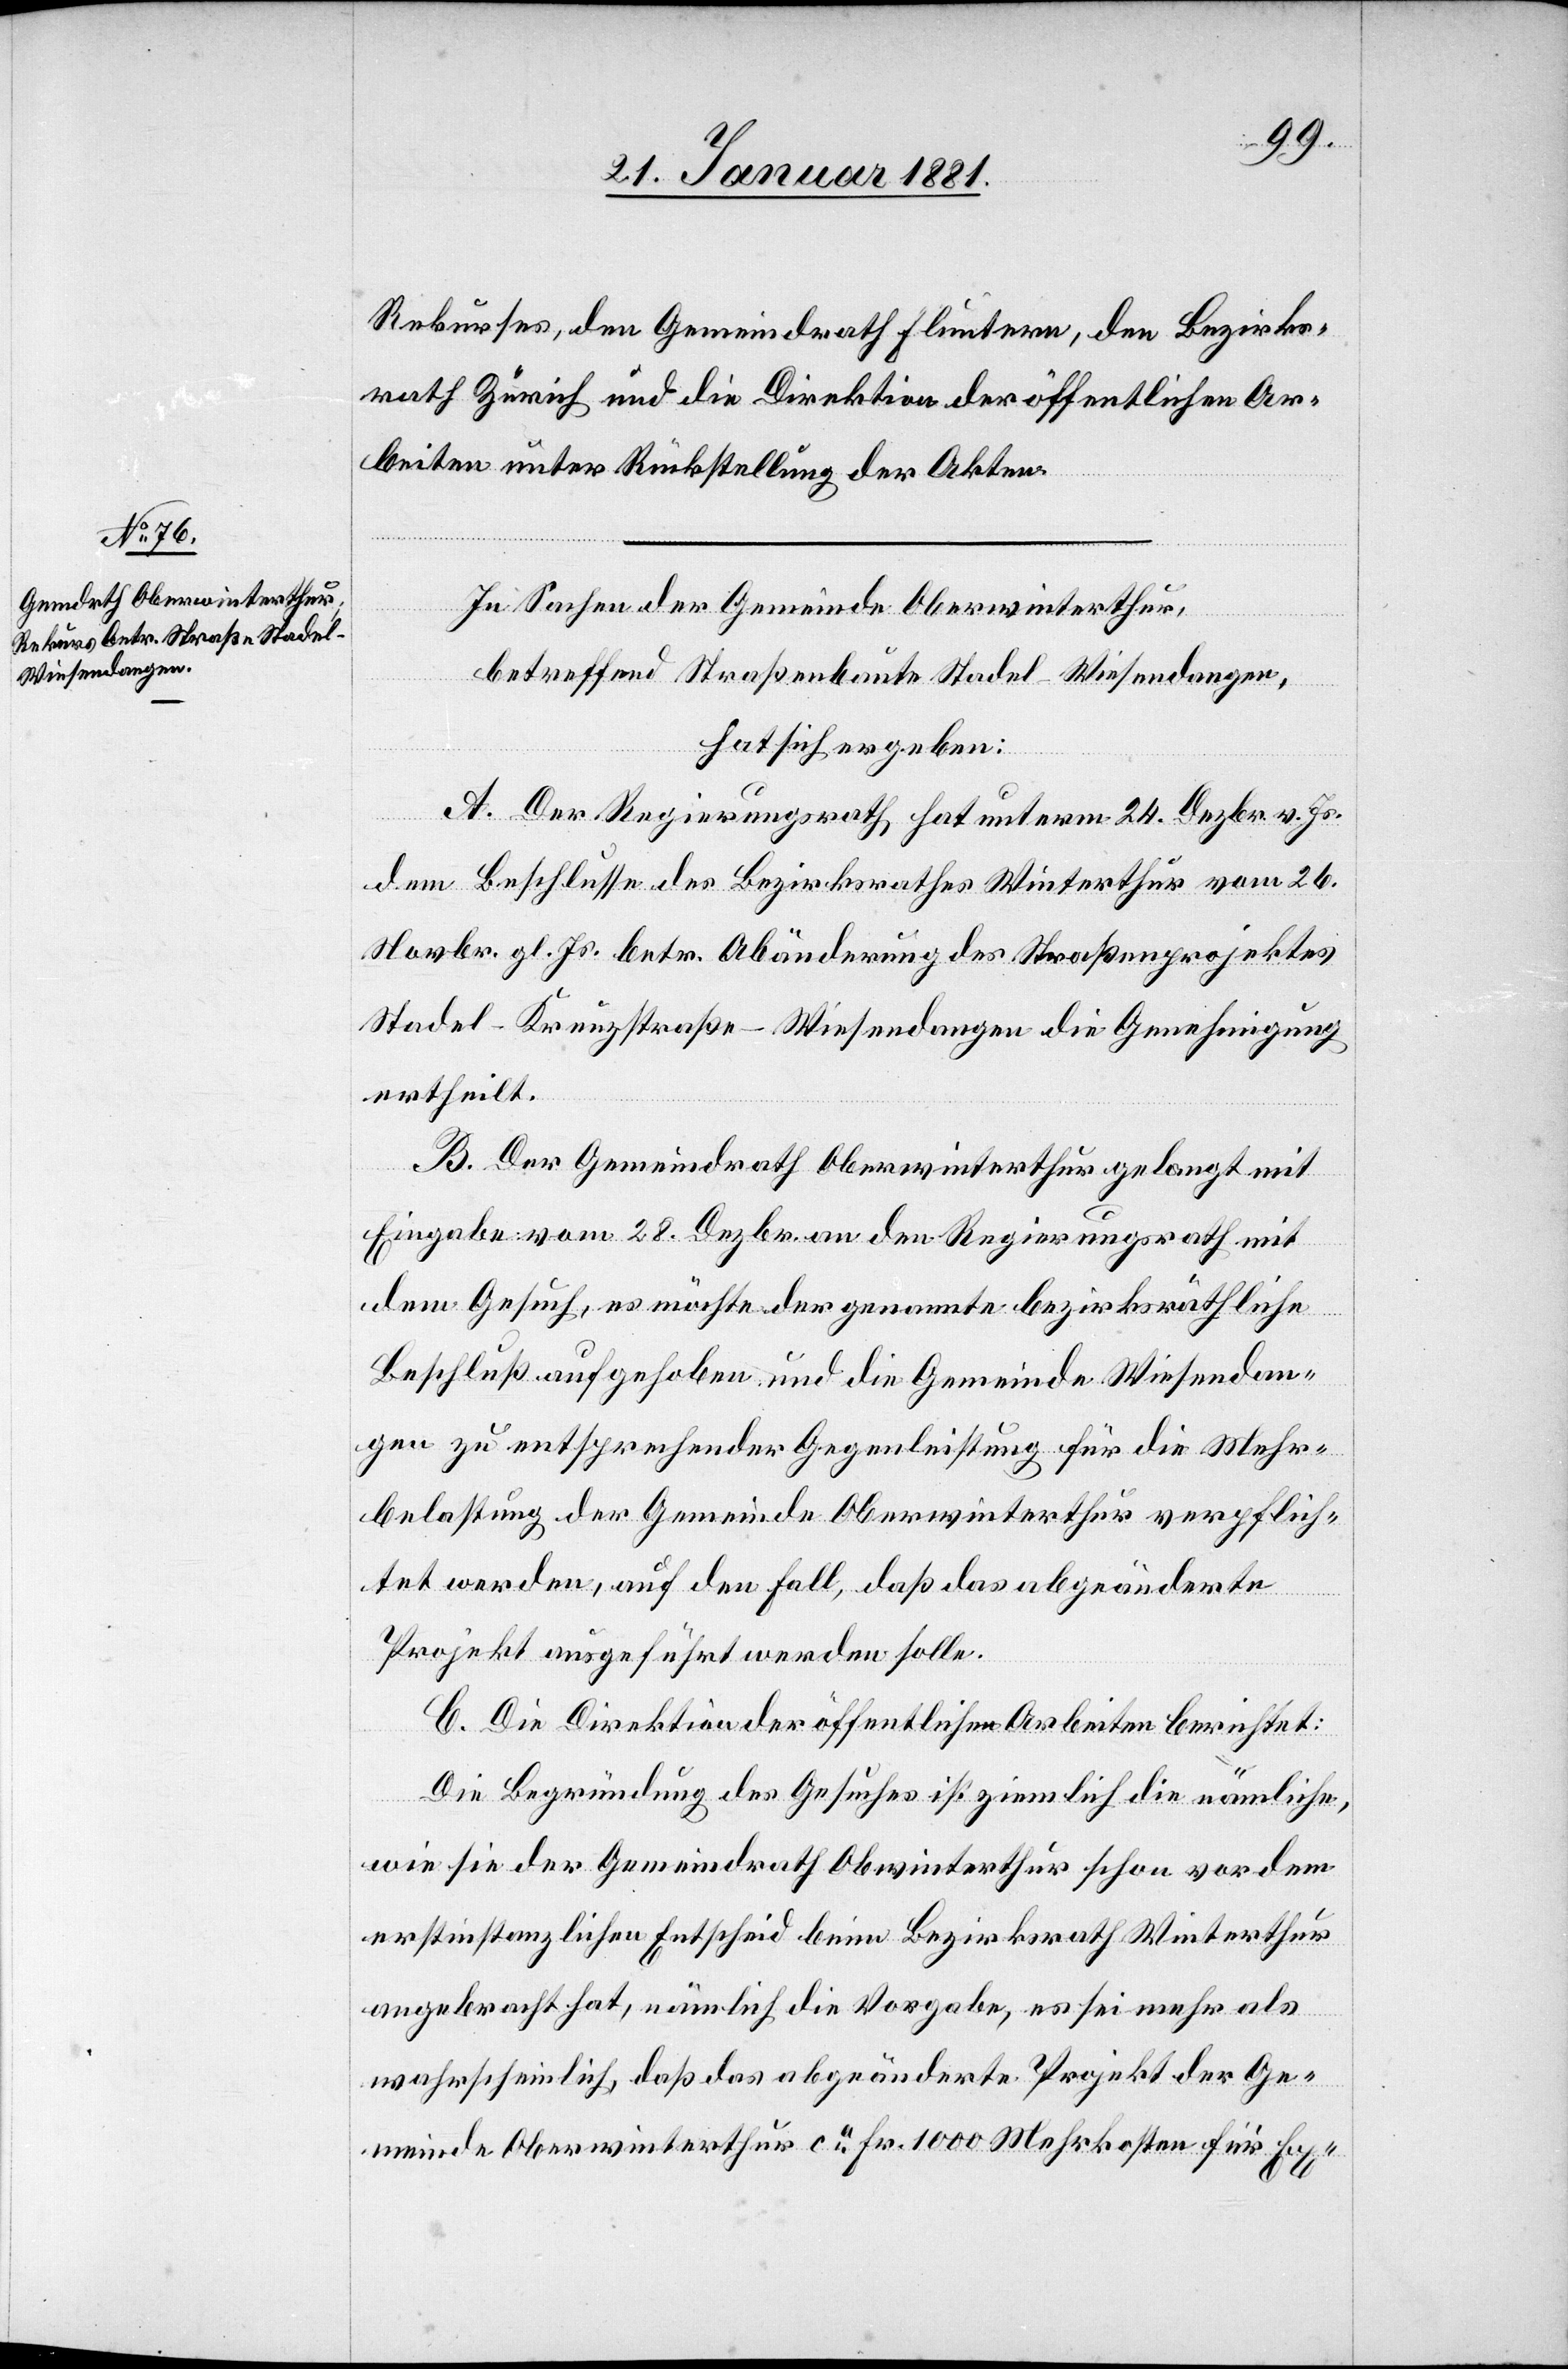
Rekurses, den Gemeindrath Fluntern, den Bezirks¬
rath Zürich und die Direktion der öffentlichen Ar¬
beiten unter Rückstellung der Akten.
In Sachen der Gemeinde Oberwinterthur,
betreffend Straßenbaute Stadel–Wiesendangen,
hat sich ergeben:
A. Der Regierungsrath hat unterm 24. Dezbr. v. Js.
dem Beschlusse des Bezirksrathes Winterthur vom 26.
Novbr. gl. Js. betr. Abänderung des Straßenprojektes
Stadel–Kreuzstraße–Wiesendangen die Genehmigung
ertheilt.
B. Der Gemeindrath Oberwinterthur gelangt mit
Eingabe vom 28. Dezbr. an den Regierungsrath mit
dem Gesuch, es möchte der genannte bezirksräthliche
Beschluß aufgehoben und die Gemeinde Wiesendan¬
gen zu entsprechender Gegenleistung für die Mehr¬
belastung der Gemeinde Oberwinterthur verpflich¬
tet werden, auf den Fall, daß das abgeänderte
Projekt ausgeführt werden solle.
C. Die Direktion der öffentlichen Arbeiten berichtet:
Die Begründung des Gesuches ist ziemlich die nämliche,
wie sie der Gemeindrath Oberwinterthur schon vor dem
erstinstanzlichen Entscheid beim Bezirksrath Winterthur
angebracht hat, nämlich die Vorgabe, es sei mehr als
wahrscheinlich, daß das abgeänderte Projekt der Ge¬
meinde Oberwinterthur ca Fr. 1000 Mehrkosten für Ex-